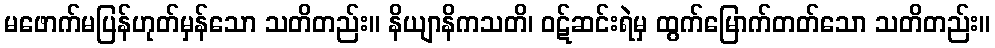
မဖောက်မပြန်ဟုတ်မှန်သော သတိတည်း။ နိယျာနိကသတိ၊ ဝဋ်ဆင်းရဲမှ ထွက်မြောက်တတ်သော သတိတည်း။